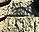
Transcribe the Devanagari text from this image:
जखऱ्या